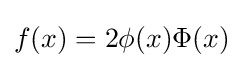
f(x)=2\phi (x)\Phi (x)